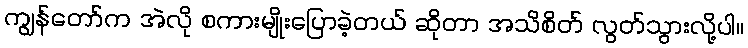
ကျွန်တော်က အဲလို စကားမျိုးပြောခဲ့တယ် ဆိုတာ အသိစိတ် လွတ်သွားလို့ပါ။